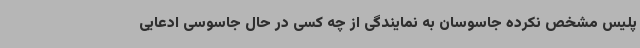
پلیس مشخص نکرده جاسوسان به نمایندگی از چه کسی در حال جاسوسی ادعایی